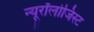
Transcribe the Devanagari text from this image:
न्यूरॉलोजिस्ट